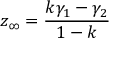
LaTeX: z _ { \infty } = { \frac { k \gamma _ { 1 } - \gamma _ { 2 } } { 1 - k } }